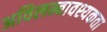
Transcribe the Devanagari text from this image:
अविलम्बावश्यकता